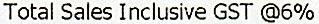
TOTAL SALES INCLUSIVE GST @6%